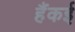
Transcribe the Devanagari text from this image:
हैंकई